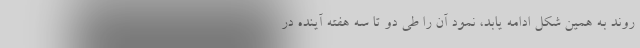
روند به همین شکل ادامه یابد، نمود آن را طی دو تا سه هفته آینده در